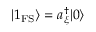
| 1 _ { \mathrm { F S } } \rangle = a _ { \xi } ^ { \dagger } | 0 \rangle